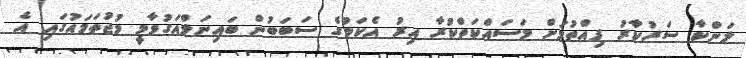
ލަންކާ ސަރުކާރު ފިއްތުމަށް މަސައްކަތްކުރާ އިރު އެކަމުގެ ސަބަބުން ބައިނަލްއަގުވާމީ މުޖުތަމައުގައި އެ